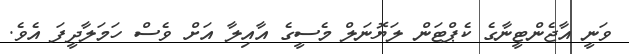
ވަނީ އާޖެންޓީނާގެ ކެޕްޓަން ލަޔޮނަލް މެސީގެ އާއިލާ އަށް ވެސް ހަމަލާދީފަ އެވެ.